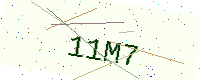
Text: 11M7